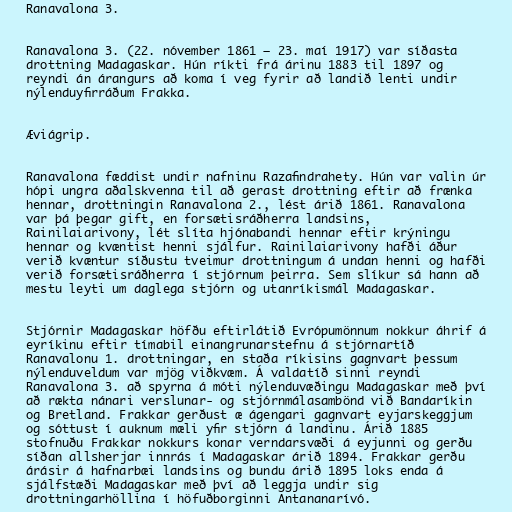
Ranavalona 3.

Ranavalona 3. (22. nóvember 1861 – 23. maí 1917) var síðasta
drottning Madagaskar. Hún ríkti frá árinu 1883 til 1897 og
reyndi án árangurs að koma í veg fyrir að landið lenti undir
nýlenduyfirráðum Frakka.

Æviágrip.

Ranavalona fæddist undir nafninu Razafindrahety. Hún var valin úr
hópi ungra aðalskvenna til að gerast drottning eftir að frænka
hennar, drottningin Ranavalona 2., lést árið 1861. Ranavalona
var þá þegar gift, en forsætisráðherra landsins,
Rainilaiarivony, lét slíta hjónabandi hennar eftir krýningu
hennar og kvæntist henni sjálfur. Rainilaiarivony hafði áður
verið kvæntur síðustu tveimur drottningum á undan henni og hafði
verið forsætisráðherra í stjórnum þeirra. Sem slíkur sá hann að
mestu leyti um daglega stjórn og utanríkismál Madagaskar.

Stjórnir Madagaskar höfðu eftirlátið Evrópumönnum nokkur áhrif á
eyríkinu eftir tímabil einangrunarstefnu á stjórnartíð
Ranavalonu 1. drottningar, en staða ríkisins gagnvart þessum
nýlenduveldum var mjög viðkvæm. Á valdatíð sinni reyndi
Ranavalona 3. að spyrna á móti nýlenduvæðingu Madagaskar með því
að rækta nánari verslunar- og stjórnmálasambönd við Bandaríkin
og Bretland. Frakkar gerðust æ ágengari gagnvart eyjarskeggjum
og sóttust í auknum mæli yfir stjórn á landinu. Árið 1885
stofnuðu Frakkar nokkurs konar verndarsvæði á eyjunni og gerðu
síðan allsherjar innrás í Madagaskar árið 1894. Frakkar gerðu
árásir á hafnarbæi landsins og bundu árið 1895 loks enda á
sjálfstæði Madagaskar með því að leggja undir sig
drottningarhöllina í höfuðborginni Antananarívó.